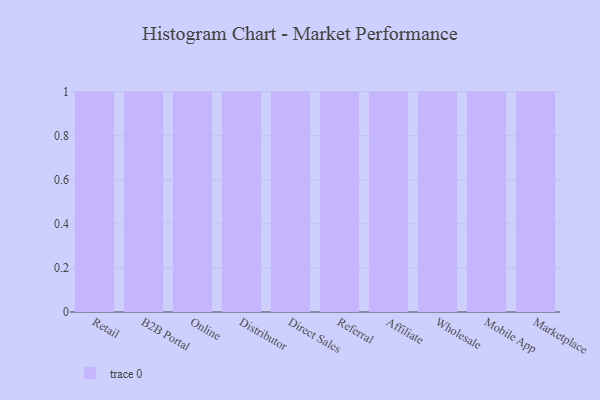
{"axis": {"x": "Channel", "y": "Tickets Resolved"}, "legend": [""], "data": [{"x": "Retail", "y": 45, "type": ""}, {"x": "B2B Portal", "y": 62, "type": ""}, {"x": "Online", "y": 2, "type": ""}, {"x": "Distributor", "y": 79, "type": ""}, {"x": "Direct Sales", "y": 87, "type": ""}, {"x": "Referral", "y": 17, "type": ""}, {"x": "Affiliate", "y": 96, "type": ""}, {"x": "Wholesale", "y": 52, "type": ""}, {"x": "Mobile App", "y": 41, "type": ""}, {"x": "Marketplace", "y": 73, "type": ""}]}